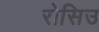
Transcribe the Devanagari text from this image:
रोसिउ